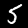
Label: 5